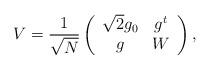
LaTeX: \begin{align*}V = \frac{1}{\sqrt{N}} \left( \begin{array}{cc}\sqrt{2} g_0 & g^t \\g & W\end{array}\right),\end{align*}